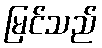
မြင်သည်